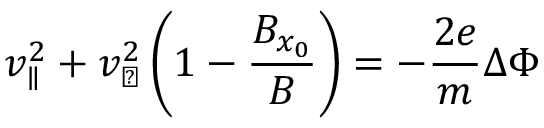
v _ { \parallel } ^ { 2 } + v _ { \perp } ^ { 2 } \left( 1 - \frac { B _ { x _ { 0 } } } { B } \right) = - \frac { 2 e } { m } \Delta \Phi